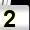
Digit: 2